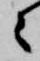
々